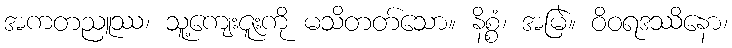
အကတညူဿ၊ သူ့ကျေးဇူးကို မသိတတ်သော။ နိစ္စံ၊ အမြဲ။ ဝိဝရဒဿိနော၊